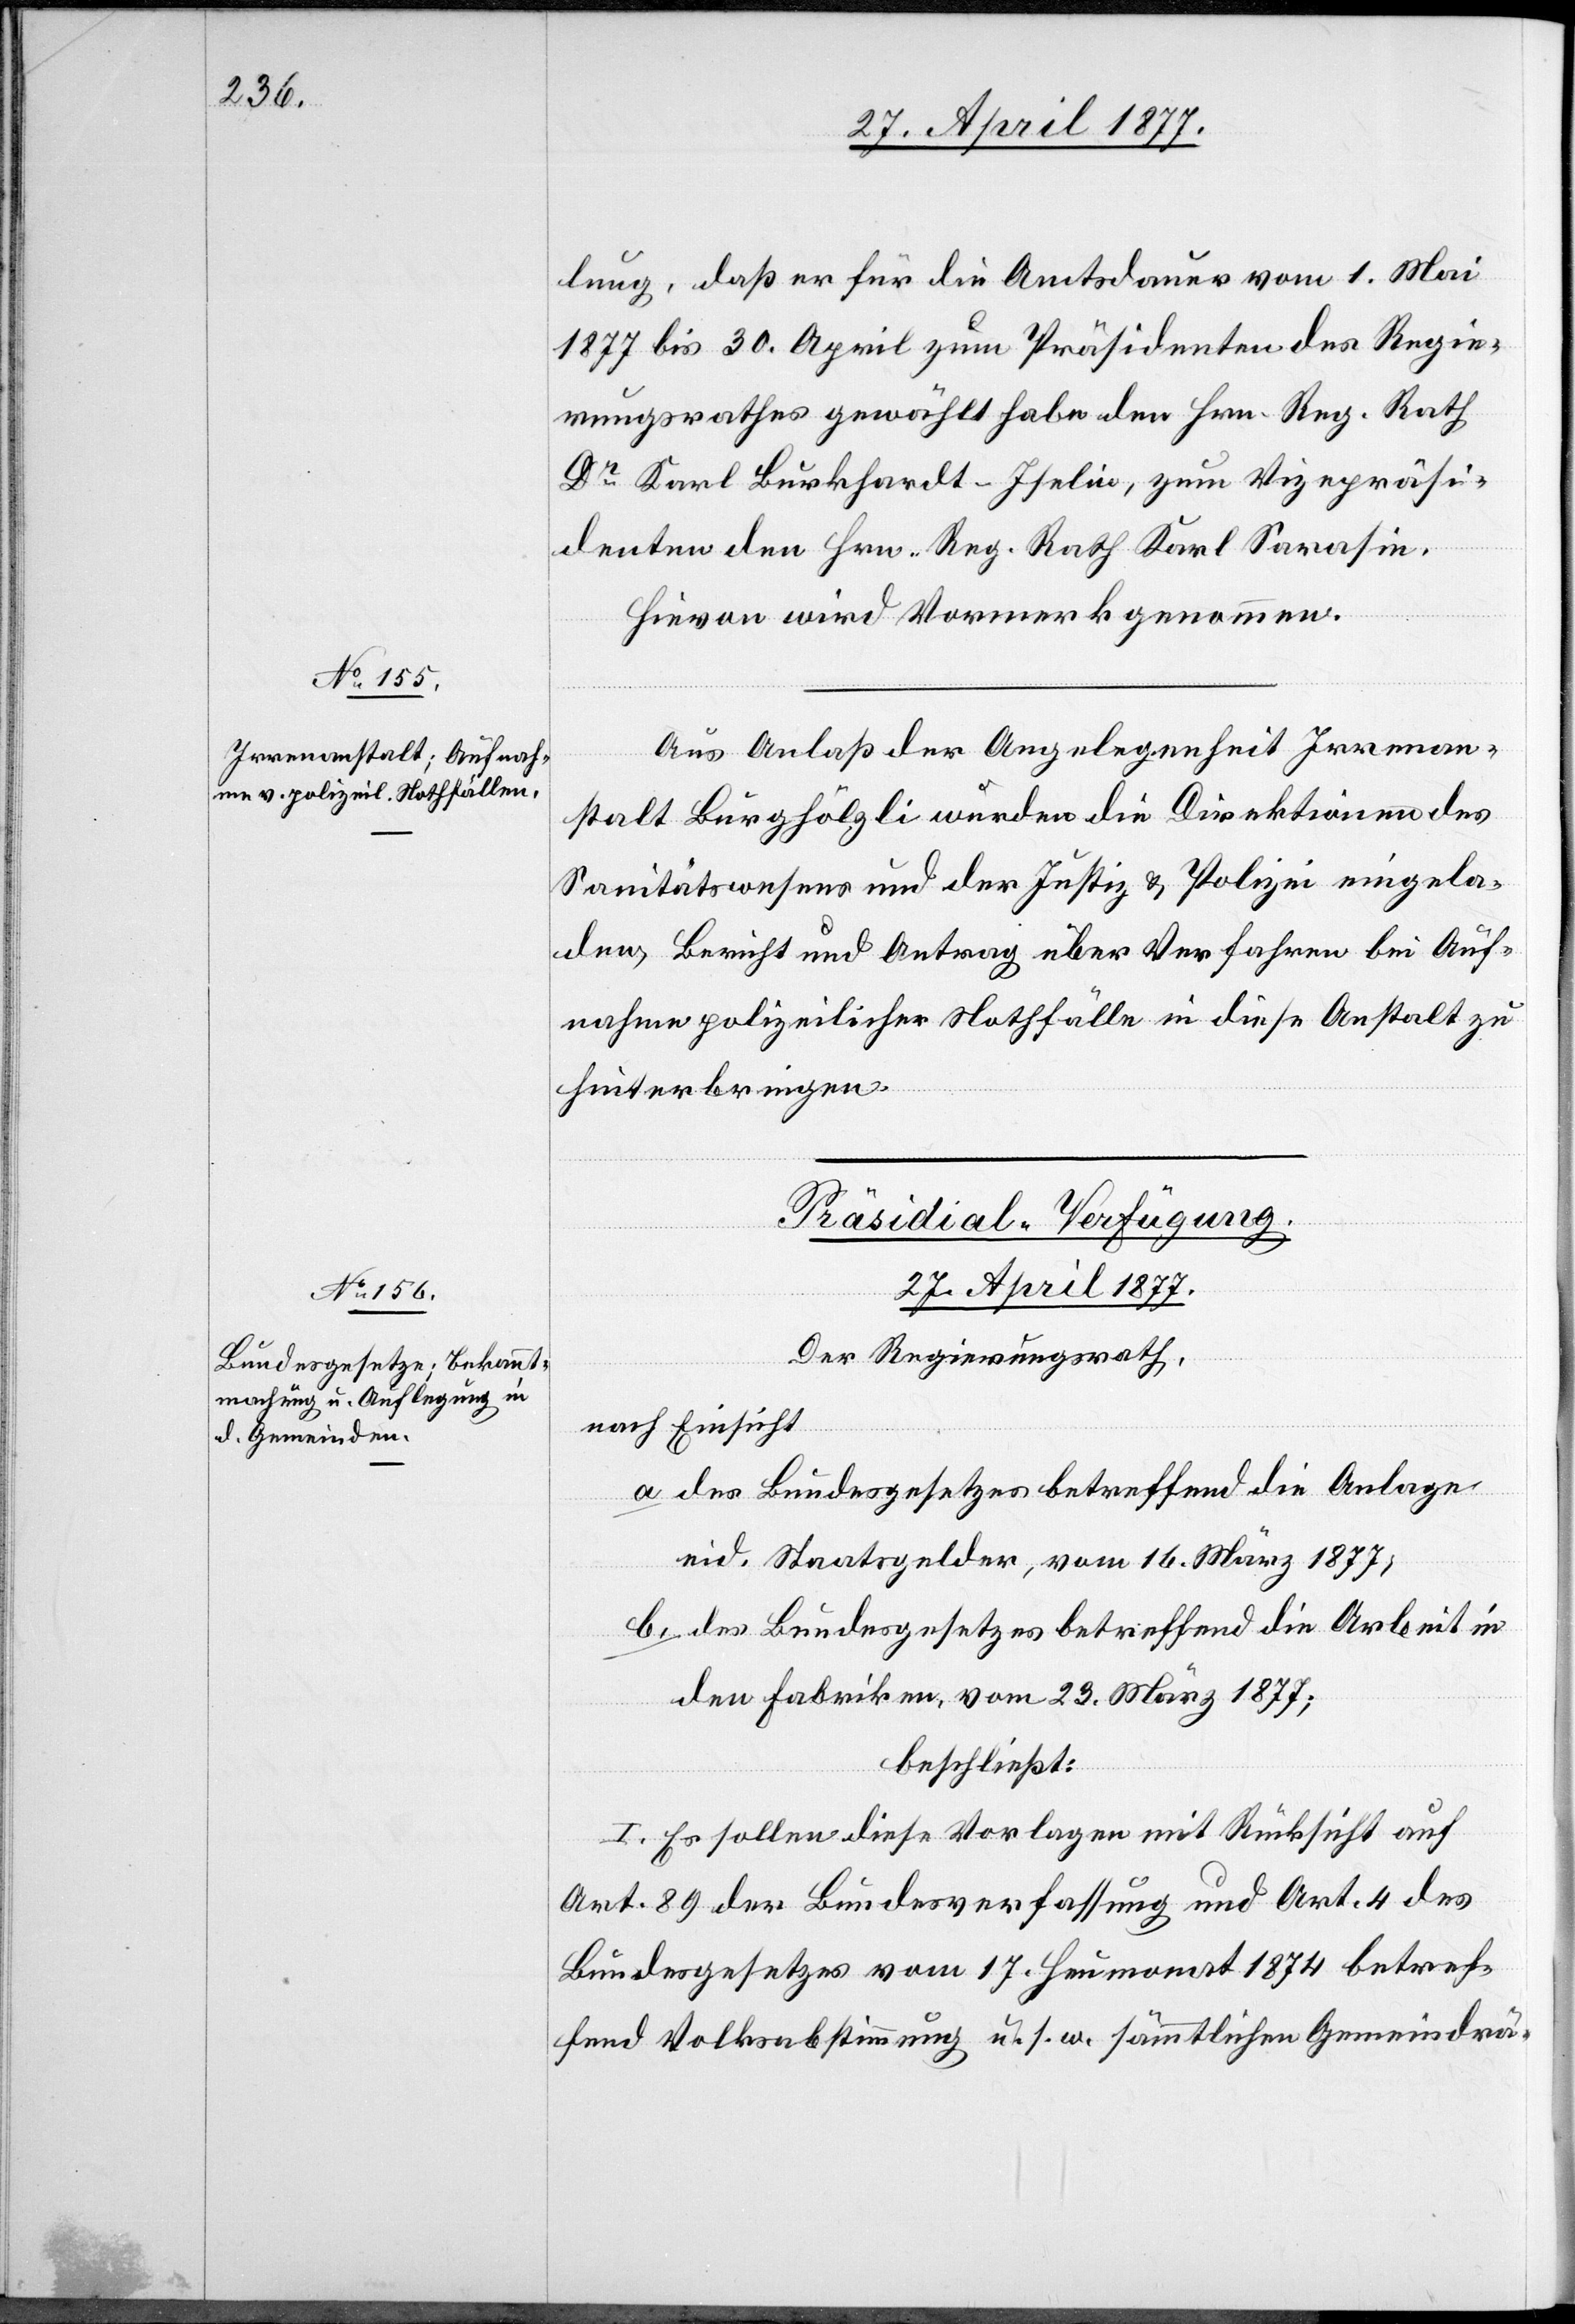
lung, daß er für die Amtsdauer vom 1. Mai
1877 bis 30. April [sic!] zum Präsidenten des Regie¬
rungsrathes gewählt habe den Hrn. Reg. Rath
Dr Karl Burkhardt-Iselin, zum Vizepräsi¬
denten den Hrn. Reg. Rath Karl Sarasin.
Hievon wird Vormerk genommen.
Aus Anlaß der Angelegenheit Irrenan¬
stalt Burghölzli wurden die Direktionen des
Sanitätswesens und der Justiz & Polizei eingela¬
den, Bericht und Antrag über Verfahren bei Auf¬
nahme polizeilicher Nothfälle in diese Anstalt zu
hinterbringen.
Präsidial-Verfügung.
27. April 1877
Der Regierungsrath,
nach Einsicht
a. des Bundesgesetzes betreffend die Anlage
eid. Staatsgelder, vom 16. März 1877;
b. des Bundesgesetzes betreffend die Arbeit in
den Fabriken, vom 23. März 1877;
beschließt:
I. Es sollen diese Vorlagen mit Rücksicht auf
Art. 89 der Bundesverfassung und Art. 4 des
Bundesgesetzes vom 17. Heumonat 1874 betref¬
fend Volksabstimmung u. s. w. sämmtlichen Gemeindrä-